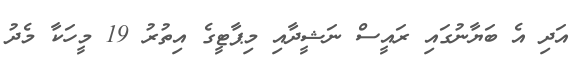
އަދި އެ ބަޔާނުގައި ރައީސް ނަޝީދާއި މިޕާޓީގެ އިތުރު 19 މީހަކާ މެދު